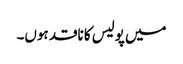
میں پولیس کا ناقد ہوں۔